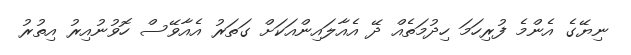
ނިޔޭގެ އެންމެ ފުރިހަމަ ހިދުމަތެއް ދޭ އެއާލައިންއަކަށް ގަތަރު އެއާވޭސް ހޮވުނުއިރު އިތުރު